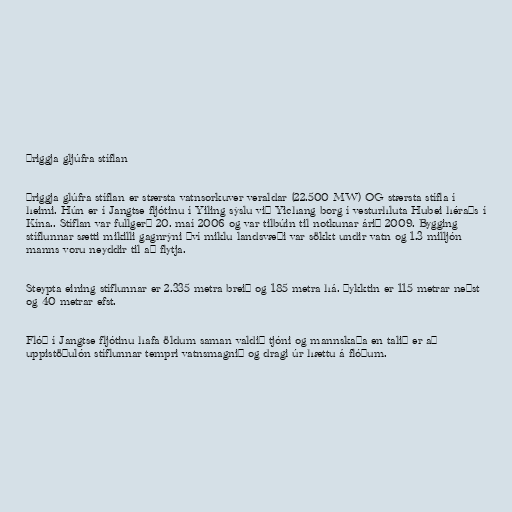
Þriggja gljúfra stíflan

Þriggja glúfra stíflan er stærsta vatnsorkuver veraldar (22.500 MW) OG stærsta stífla í
heimi. Hún er í Jangtse fljótinu í Yiling sýslu við Yichang borg í vesturhluta Hubei héraðs í
Kína.. Stíflan var fullgerð 20. maí 2006 og var tilbúin til notkunar árið 2009. Bygging
stíflunnar sætti mikilli gagnrýni því miklu landsvæði var sökkt undir vatn og 1.3 milljón
manns voru neyddir til að flytja.

Steypta eining stíflunnar er 2.335 metra breið og 185 metra há. Þykktin er 115 metrar neðst
og 40 metrar efst.

Flóð í Jangtse fljótinu hafa öldum saman valdið tjóni og mannskaða en talið er að
uppistöðulón stíflunnar tempri vatnsmagnið og dragi úr hættu á flóðum.